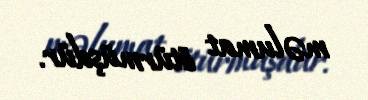
məlumat ötürmüşdür.